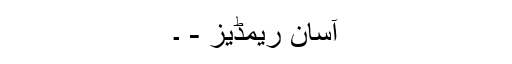
آسان ریمڈیز - ۔